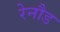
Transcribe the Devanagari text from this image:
रेनौड